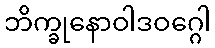
ဘိက္ခုနောဝါဒဝဂ္ဂေါ